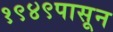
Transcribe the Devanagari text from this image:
१९४९पासून